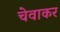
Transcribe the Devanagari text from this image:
चेवाकर